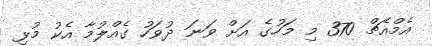
އެމްއެޗް 370 މި މަހުގެ އަށް ވަނަ ދުވަހު ގެއްލުމާ އެކު މުޅި